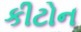
કીટોન